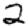
Digit: 2